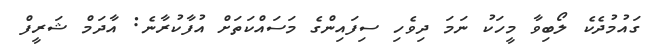
ގައުމުދެކެ ލޯބިވާ މީހަކު ނަމަ ދިވެހި ސިފައިންގެ މަސައްކަތަށް އުފާކުރާނެ: އާދަމް ޝަރީފް